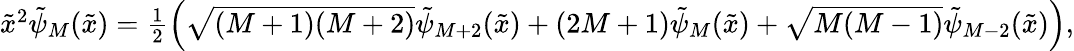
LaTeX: \begin{array}{r}{\tilde{x}^{2}\tilde{\psi}_{M}(\tilde{x})=\frac 12\left(\sqrt{(M+1)(M+2)}\tilde{\psi}_{M+2}(\tilde{x})+(2M+1)\tilde{\psi}_{M}(\tilde{x})+\sqrt{M(M-1)}\tilde{\psi}_{M-2}(\tilde{x})\right),}\end{array}